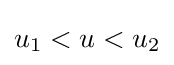
u_{1}<u<u_{2}